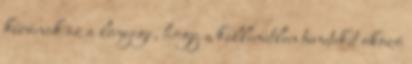
kúrának az a lényege, hogy a kellemetlen tüneteket okozó